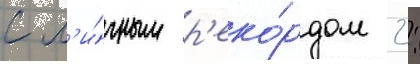
с л'и́чным р'еко́рдом 2: